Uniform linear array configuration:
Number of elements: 16
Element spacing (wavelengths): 0.25
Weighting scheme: hamming
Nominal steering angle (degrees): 30
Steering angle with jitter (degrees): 31.728
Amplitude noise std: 0.05
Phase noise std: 0.05

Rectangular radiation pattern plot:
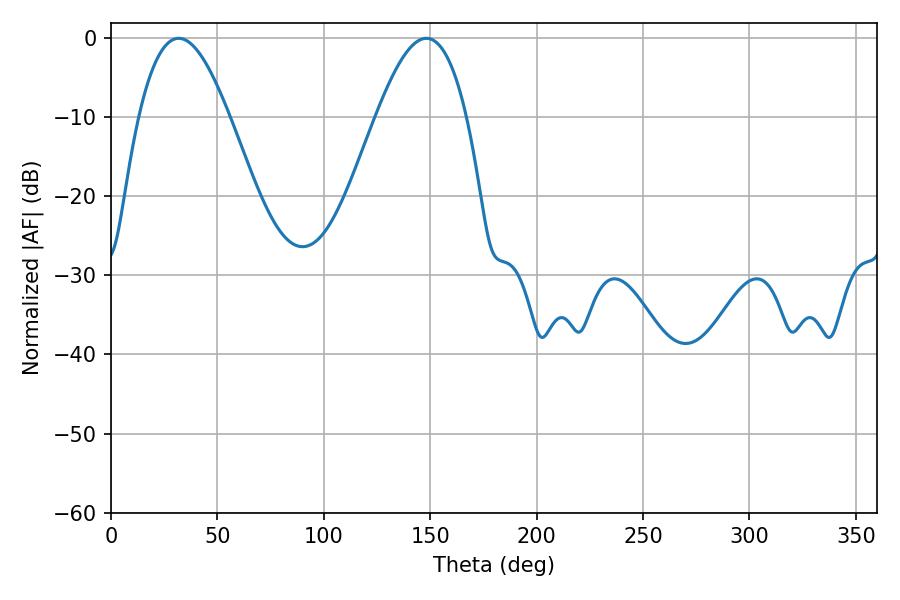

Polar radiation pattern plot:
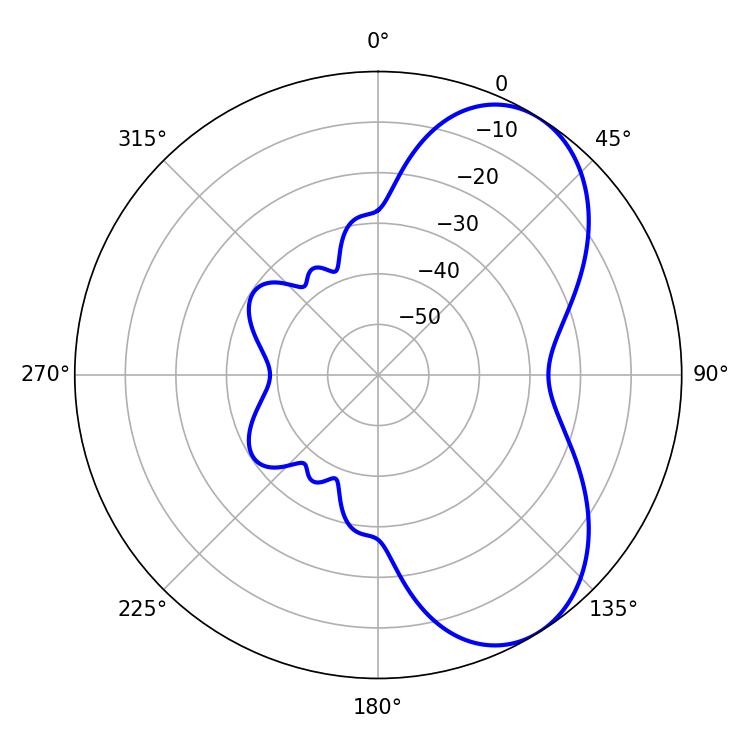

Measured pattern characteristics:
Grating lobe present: FALSE
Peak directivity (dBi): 6.225
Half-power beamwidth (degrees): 23.04
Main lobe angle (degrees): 31.86